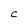
Character: C